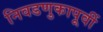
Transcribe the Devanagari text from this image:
निवडणुकापूर्वी